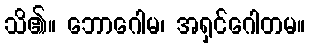
သိ၏။ ဘောဂေါမ၊ အရှင်ဂေါတမ။